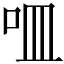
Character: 𠰘